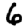
Digit: 6